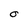
Character: O